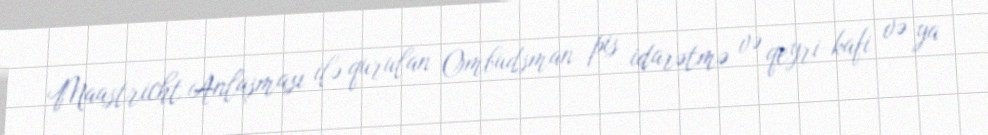
Maastricht Anlaşması ilə qurulan Ombudsman pis idarətmə və qeyri-kafi və ya